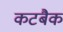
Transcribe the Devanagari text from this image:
कटबैक